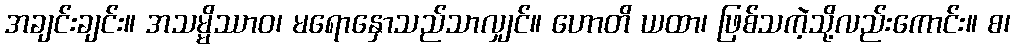
အချင်းချင်း။ အသမ္မိဿာဝ၊ မရောနှောသည်သာလျှင်။ ဟောတိ ယထာ၊ ဖြစ်သကဲ့သို့လည်းကောင်း။ စ၊